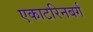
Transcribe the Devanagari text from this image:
एकाटरिनबर्ग